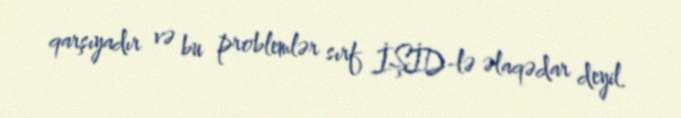
qarşıyadır və bu problemlər sırf İŞİD-lə əlaqədar deyil.